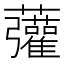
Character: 虇